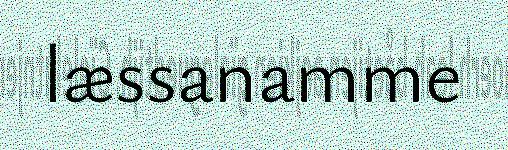
læssanamme